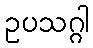
ဥပသဂ္ဂါ